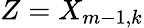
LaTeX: Z=X_{m-1,k}